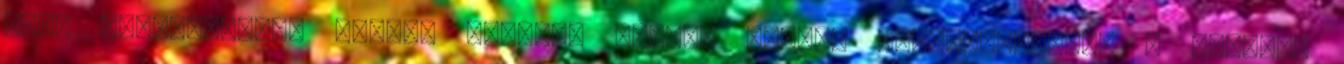
hírt fenntartások nélkül átvette Kovács Zoltán kormányszóvivő a kormány